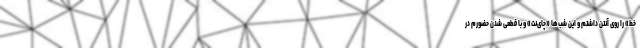
خط» را روی آنتن داشتم و این شب‌ها «چای‌نت» و با قطعی شدن حضورم در